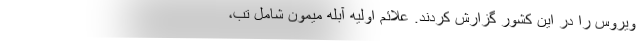
ویروس را در این کشور گزارش کردند. علائم اولیه آبله میمون شامل تب،